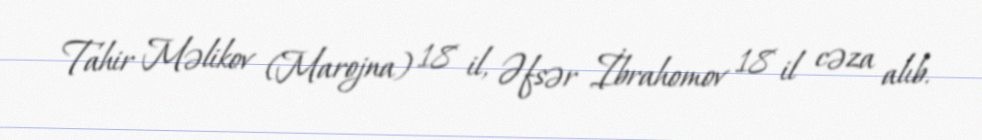
Tahir Məlikov (Marojna) 18 il, Əfsər İbrahomov 18 il cəza alıb.